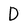
Character: D